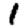
Digit: 1